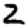
Digit: 2